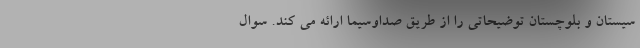
سیستان و بلوچستان توضیحاتی را از طریق صداوسیما ارائه می کند. سوال